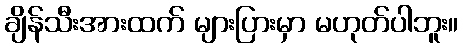
ချိန်သီးအားထက် များပြားမှာ မဟုတ်ပါဘူး။